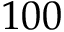
1 0 0